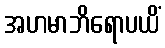
အဟမာဘိရောပယိံ